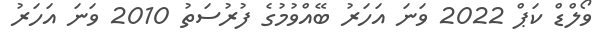
ވޯލްޑް ކަޕް 2022 ވަނަ އަހަރު ބޭއްވުމުގެ ފުރުސަތު 2010 ވަނަ އަހަރު